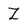
Character: Z